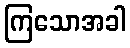
ကြသောအခါ